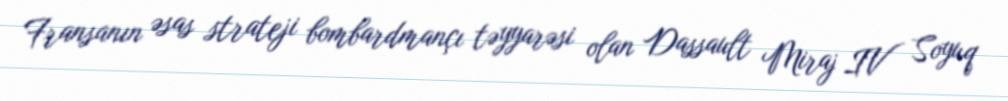
Fransanın əsas strateji bombardmançı təyyarəsi olan Dassault Miraj IV Soyuq